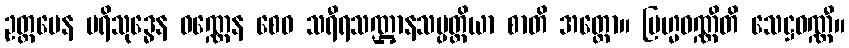
ဥတ္တမေန ပရိသုဒ္ဓေန ဝဏ္ဏေန စေဝ သရီရသဏ္ဌာနသမ္ပတ္တိယာ စာတိ အတ္ထော။ ဗြဟ္မဝဏ္ဏီတိ သေဋ္ဌဝဏ္ဏီ။